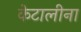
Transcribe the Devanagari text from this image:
केटालीना